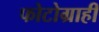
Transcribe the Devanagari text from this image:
फोटोग्राही